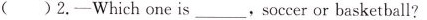
( )2.—Which one is___,soccer or basketball?